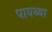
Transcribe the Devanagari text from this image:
पायथ्या